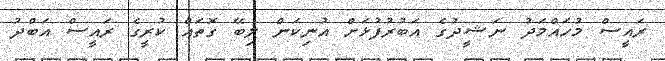
ރައީސް މުހައްމަދު ނަޝީދުގެ އަބުރުފުޅަށް އުނިކަން ލިބޭ ގޮތައް ކުރީގެ ރައީސް އަބްދު